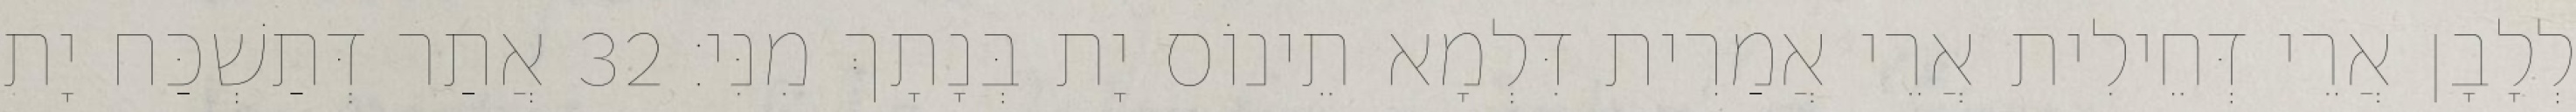
לְלָבָן אֲרֵי דְּחֵילִית אֲרֵי אֲמַרִית דִּלְמָא תֵינוֹס יָת בְּנָתָךְ מִנִּי׃ 32 אֲתַר דְּתַשְׁכַּח יָת